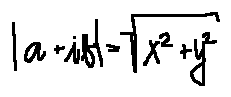
| a + i b | = \sqrt { x ^ { 2 } + y ^ { 2 } }